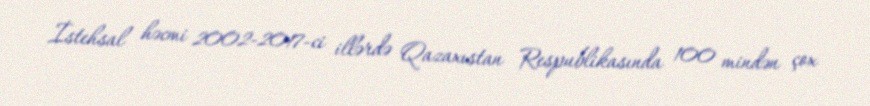
İstehsal həcmi 2002-2017-ci illərdə Qazaxıstan Respublikasında 100 mindən çox